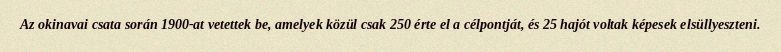
Az okinavai csata során 1900-at vetettek be, amelyek közül csak 250 érte el a célpontját, és 25 hajót voltak képesek elsüllyeszteni.